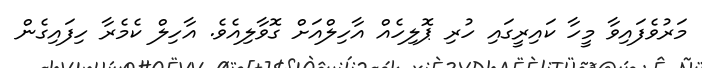
މަރުވެފައިވާ މީހާ ކައިރީގައި ހުރި ޕޮލިހެއް އާހިލްއަށް ގޮވާލިއެވެ. އާހިލް ކެމެރާ ހިފައިގެން